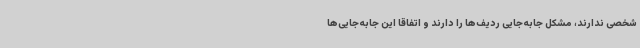
شخصی ندارند، مشکل جابه‌جایی ردیف‌ها را دارند و اتفاقا این جابه‌جایی‌ها